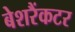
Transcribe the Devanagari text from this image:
बेशरैंकटर